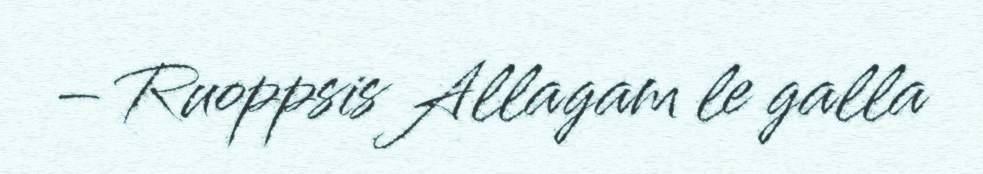
– Ruoppsis Allagam le galla